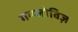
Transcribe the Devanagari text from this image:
गम्प्लोविज़